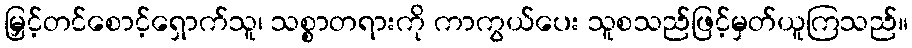
မြှင့်တင်စောင့်ရှောက်သူ၊ သစ္စာတရားကို ကာကွယ်ပေး သူစသည်ဖြင့်မှတ်ယူကြသည်။